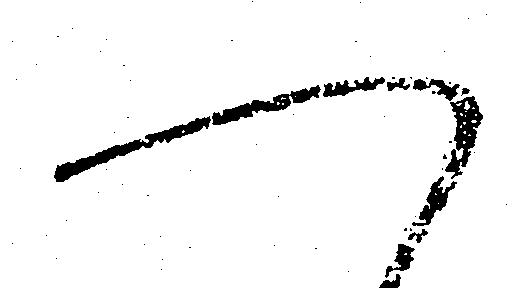
へ